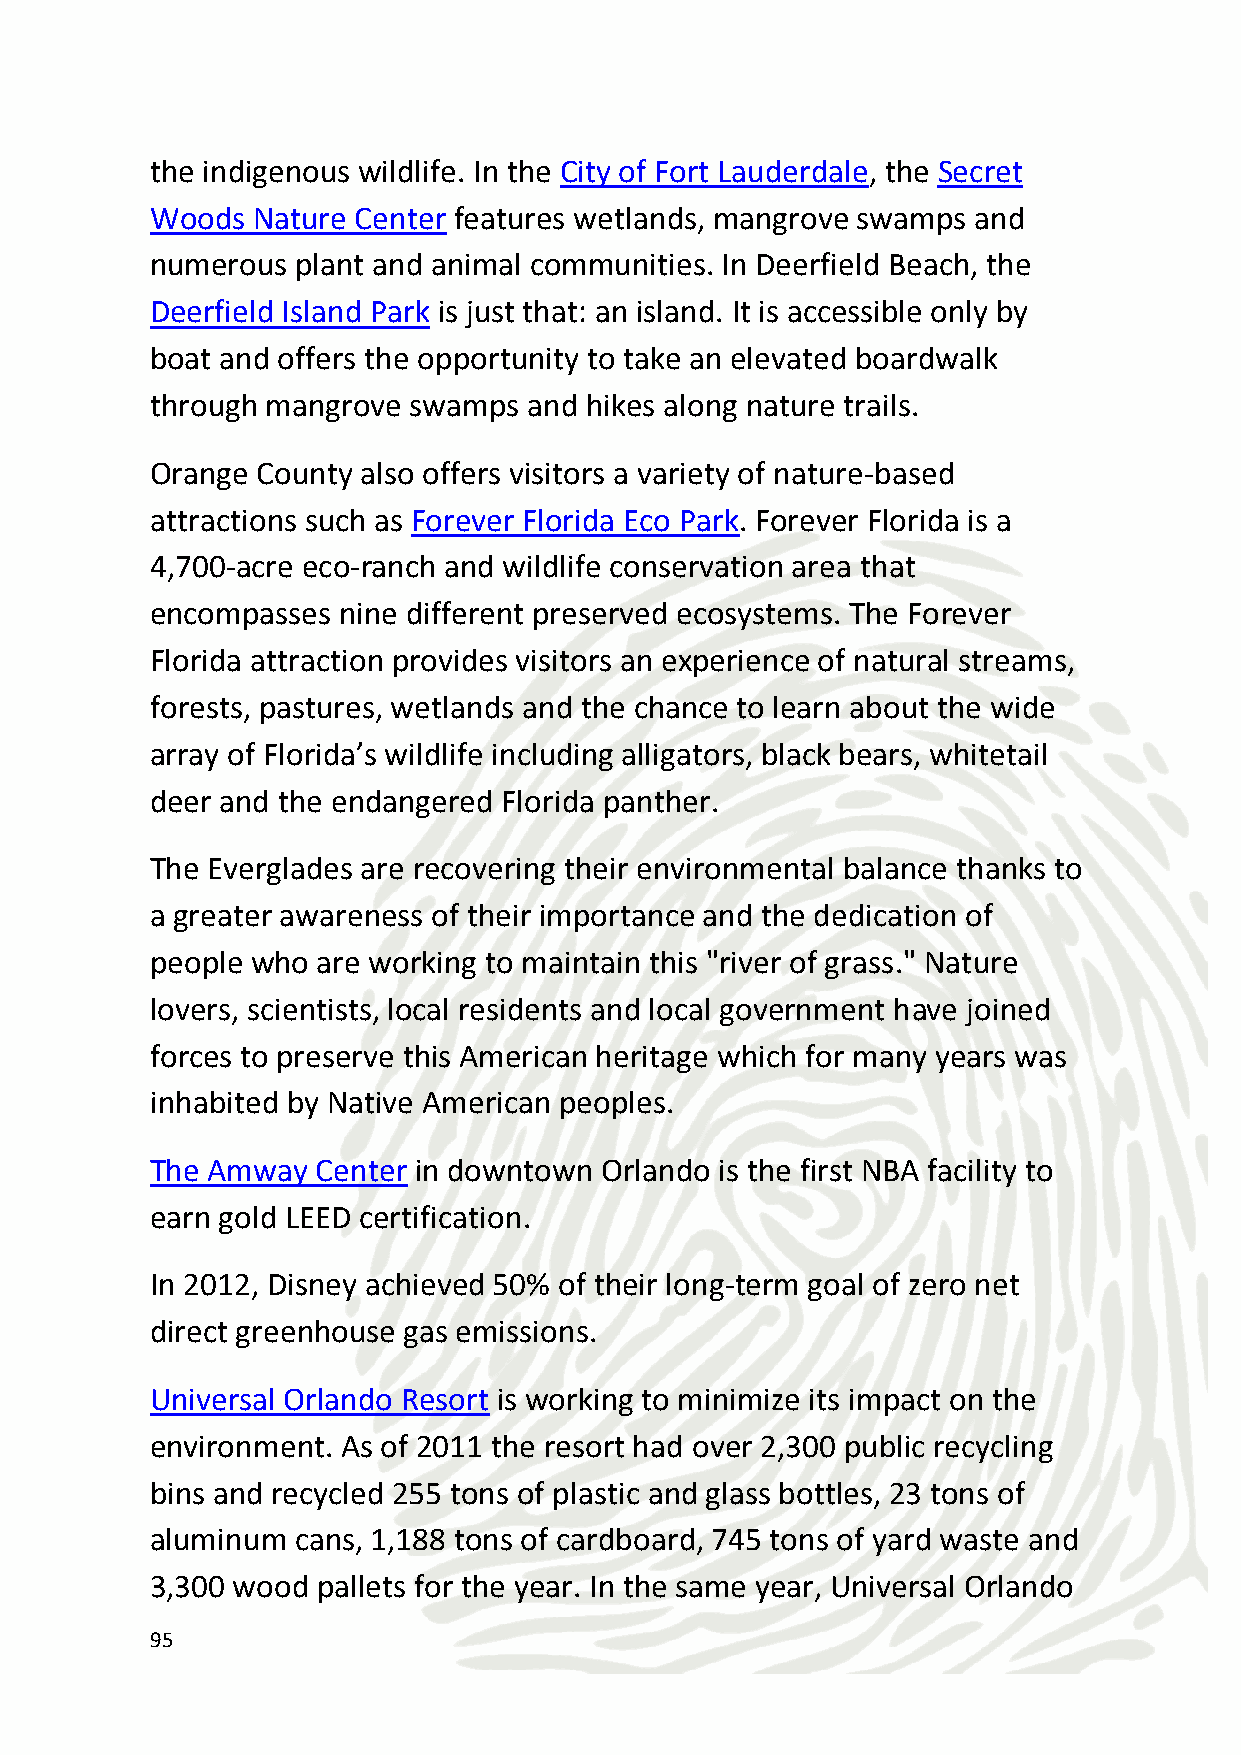
Resorts saved 491,000 kWh of electricity as a result of increased
 energy-conservation efforts, including installing more efficient
 lighting.
 Score: 12.75/15
 CSR Give-Back Opportunities
 Your company can build prosthetic limbs for landmine victims, bikes
 or playgrounds for underprivileged kids or assemble care packages
 for low-income mothers.
 You can also run an ‘Apprentice’ style activity where participants sell
 their assigned products, raising funds for charity.
 For a conservation-angle, participants can sow royal sea oats to help
 protect the shoreline.
 Score: 11.25/15
 96